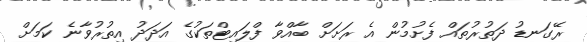
ރޭގަނޑު ދަތުރުތައް ފެށުމުން އެ ރަށަށް ބާއްވާ ފްލައިޓްތަކުގެ އަދަދު އިތުރުވާނެ ކަމަށް